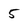
Character: 5